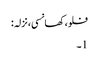
فلو، کھانسی، نزلہ :
1۔